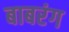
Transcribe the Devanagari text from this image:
बाबरंग